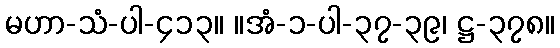
မဟာ-သံ-ပါ-၄၁၃။ ။အံ-၁-ပါ-၃၇-၃၉၊ ဋ္ဌ-၃၇၈။